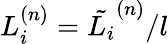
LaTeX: L_{i}^{(n)}=\tilde{L_{i}}^{(n)}/l